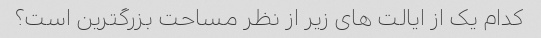
کدام یک از ایالت های زیر از نظر مساحت بزرگترین است؟